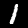
Label: 1